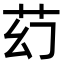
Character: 䒛